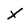
Character: X